Report of an investigation of the epidemic of malarial fever in Assam, or, kala-azar
Disease focus: Malaria
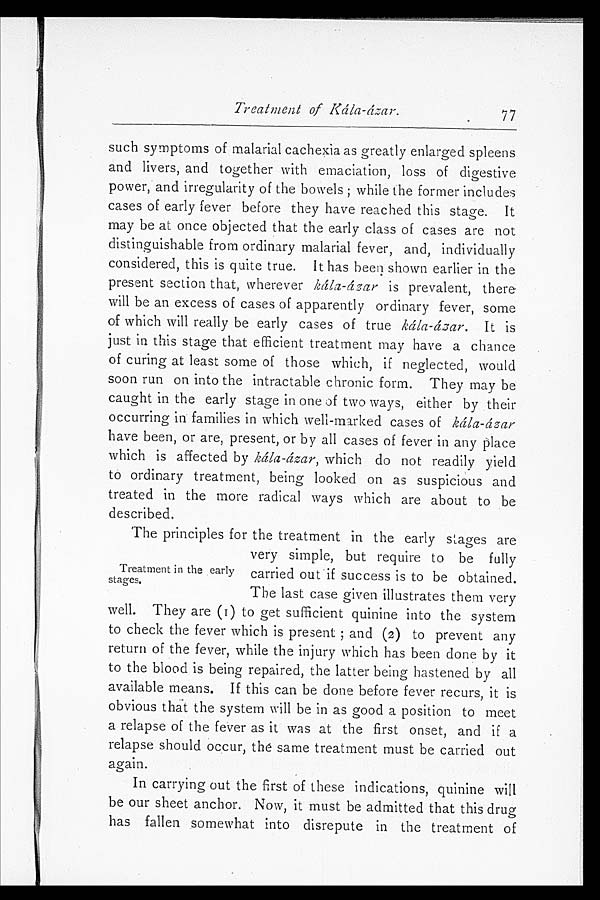
Treatment of Kála-ázar.
77
such symptoms of malarial cachexia as greatly enlarged spleens
and livers, and together with emaciation, loss of digestive
power, and irregularity of the bowels; while the former includes
cases of early fever before they have reached this stage. It
may be at once objected that the early class of cases are not
distinguishable from ordinary malarial fever, and, individually
considered, this is quite true. It has been shown earlier in the
present section that, wherever ká la-ázar is prevalent, there
will be an excess of cases of apparently ordinary fever, some
of which will really be early cases of true kála-ázar. It is
just in this stage that efficient treatment may have a chance
of curing at least some of those which, if neglected, would
soon run on into the intractable chronic form. They may be
caught in the early stage in one of two ways, either by their
occurring in families in which well-marked cases of kála-ázar
have been, or are, present, or by all cases of fever in any place
which is affected by kála-ázar, which do not readily yield
to ordinary treatment, being looked on as suspicious and
treated in the more radical ways which are about to be
described.
The principles for the treatment in the early stages are
very simple, but require to be fully
carried out if success is to be obtained.
The last case given illustrates them very
well. They are (1) to get sufficient quinine into the system
to check the fever which is present; and (2) to prevent any
return of the fever, while the injury which has been done by it
to the blood is being repaired, the latter being hastened by all
available means. If this can be done before fever recurs, it is
obvious that the system will be in as good a position to meet
a relapse of the fever as it was at the first onset, and if a
relapse should occur, the same treatment must be carried out
again.
In carrying out the first of these indications, quinine will
be our sheet anchor. Now, it must be admitted that this drug
has fallen somewhat into disrepute in the treatment of
Treatment in the early
stages.